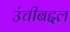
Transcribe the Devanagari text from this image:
उंचीबद्दल